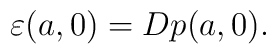
\varepsilon (a,0)=Dp(a,0).